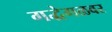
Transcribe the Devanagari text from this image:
गद्धेगळवर